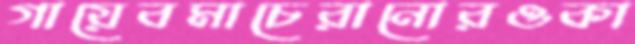
গায়েবমাচেরানোরওকা